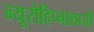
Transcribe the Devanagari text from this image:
न्यूरोहिप्नालाजी